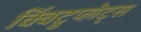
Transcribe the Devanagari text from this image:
क्विंटुप्लेट्स